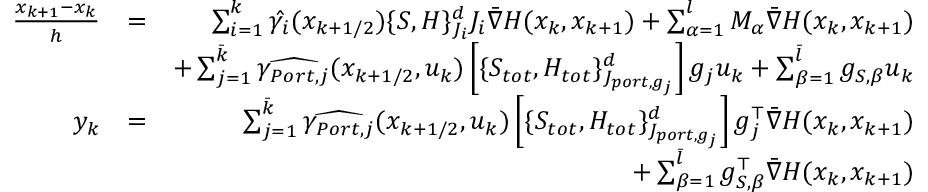
\begin{array} { r l r } { \frac { x _ { k + 1 } - x _ { k } } { h } } & { = } & { \sum _ { i = 1 } ^ { k } \hat { \gamma _ { i } } ( { x _ { k + 1 / 2 } } ) \{ S , H \} _ { J _ { i } } ^ { d } J _ { i } \bar { \nabla } H ( x _ { k } , x _ { k + 1 } ) + \sum _ { \alpha = 1 } ^ { l } M _ { \alpha } \bar { \nabla } H ( x _ { k } , x _ { k + 1 } ) } \\ & { } & { + \sum _ { j = 1 } ^ { \bar { k } } \widehat { \gamma _ { P o r t , j } } ( { x _ { k + 1 / 2 } } , u _ { k } ) \left[ \{ S _ { t o t } , H _ { t o t } \} _ { J _ { p o r t , g _ { j } } } ^ { d } \right] g _ { j } u _ { k } + \sum _ { \beta = 1 } ^ { \bar { l } } g _ { S , \beta } u _ { k } } \\ { y _ { k } } & { = } & { \sum _ { j = 1 } ^ { \bar { k } } \widehat { \gamma _ { P o r t , j } } ( { x _ { k + 1 / 2 } } , u _ { k } ) \left[ \{ S _ { t o t } , H _ { t o t } \} _ { J _ { p o r t , g _ { j } } } ^ { d } \right] g _ { j } ^ { \top } \bar { \nabla } H ( x _ { k } , x _ { k + 1 } ) } \\ & { } & { + \sum _ { \beta = 1 } ^ { \bar { l } } g _ { S , \beta } ^ { \top } \bar { \nabla } H ( x _ { k } , x _ { k + 1 } ) } \end{array}